Civil Veterinary Dept. Bombay admin report 1923-31 - 1923-1931
Year: 1923
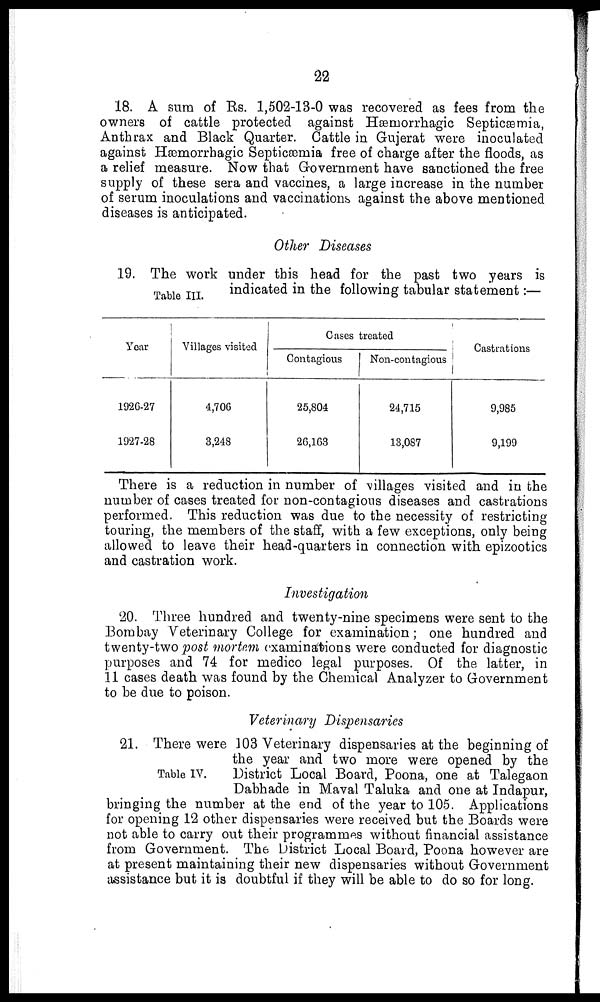
22
18. A sum of Rs. 1,502-13-0 was recovered as fees from the
owners of cattle protected against Hæmorrhagic Septicaemia,
Anthrax and Black Quarter. Cattle in Gujerat were inoculated
against Hæmorrhagic Septicaemia free of charge after the floods, as
a relief measure. Now that Government have sanctioned the free
supply of these sera and vaccines, a large increase in the number
of serum inoculations and vaccinations against the above mentioned
diseases is anticipated.
Other Diseases
Table III.
19. The work under this head for the past two years is
indicated in the following tabular statement:—
Year
1926-27
1927-28
Villages visited
4,706
3,248
Cases treated
Contagious
25,804
26,163
Non-contagious
24,715
13,087
Castrations
9,985
9,199
There is a reduction in number of villages visited and in the
number of cases treated for non-contagious diseases and castrations
performed. This reduction was due to the necessity of restricting
touring, the members of the staff, with a few exceptions, only being
allowed to leave their head-quarters in connection with epizootics
and castration work.
Investigation
20. Three hundred and twenty-nine specimens were sent to the
Bombay Veterinary College for examination; one hundred and
twenty-two post mortem examinations were conducted for diagnostic
purposes and 74 for medico legal purposes. Of the latter, in
11 cases death was found by the Chemical Analyzer to Government
to be due to poison.
Veterinary Dispensaries
Table IV.
21. There were 103 Veterinary dispensaries at the beginning of
the year and two more were opened by the
District Local Board, Poona, one at Talegaon
Dabhade in Maval Taluka and one at Indapur,
bringing the number at the end of the year to 105. Applications
for opening 12 other dispensaries were received but the Boards were
not able to carry out their programmes without financial assistance
from Government. The District Local Board, Poona however are
at present maintaining their new dispensaries without Government
assistance but it is doubtful if they will be able to do so for long.